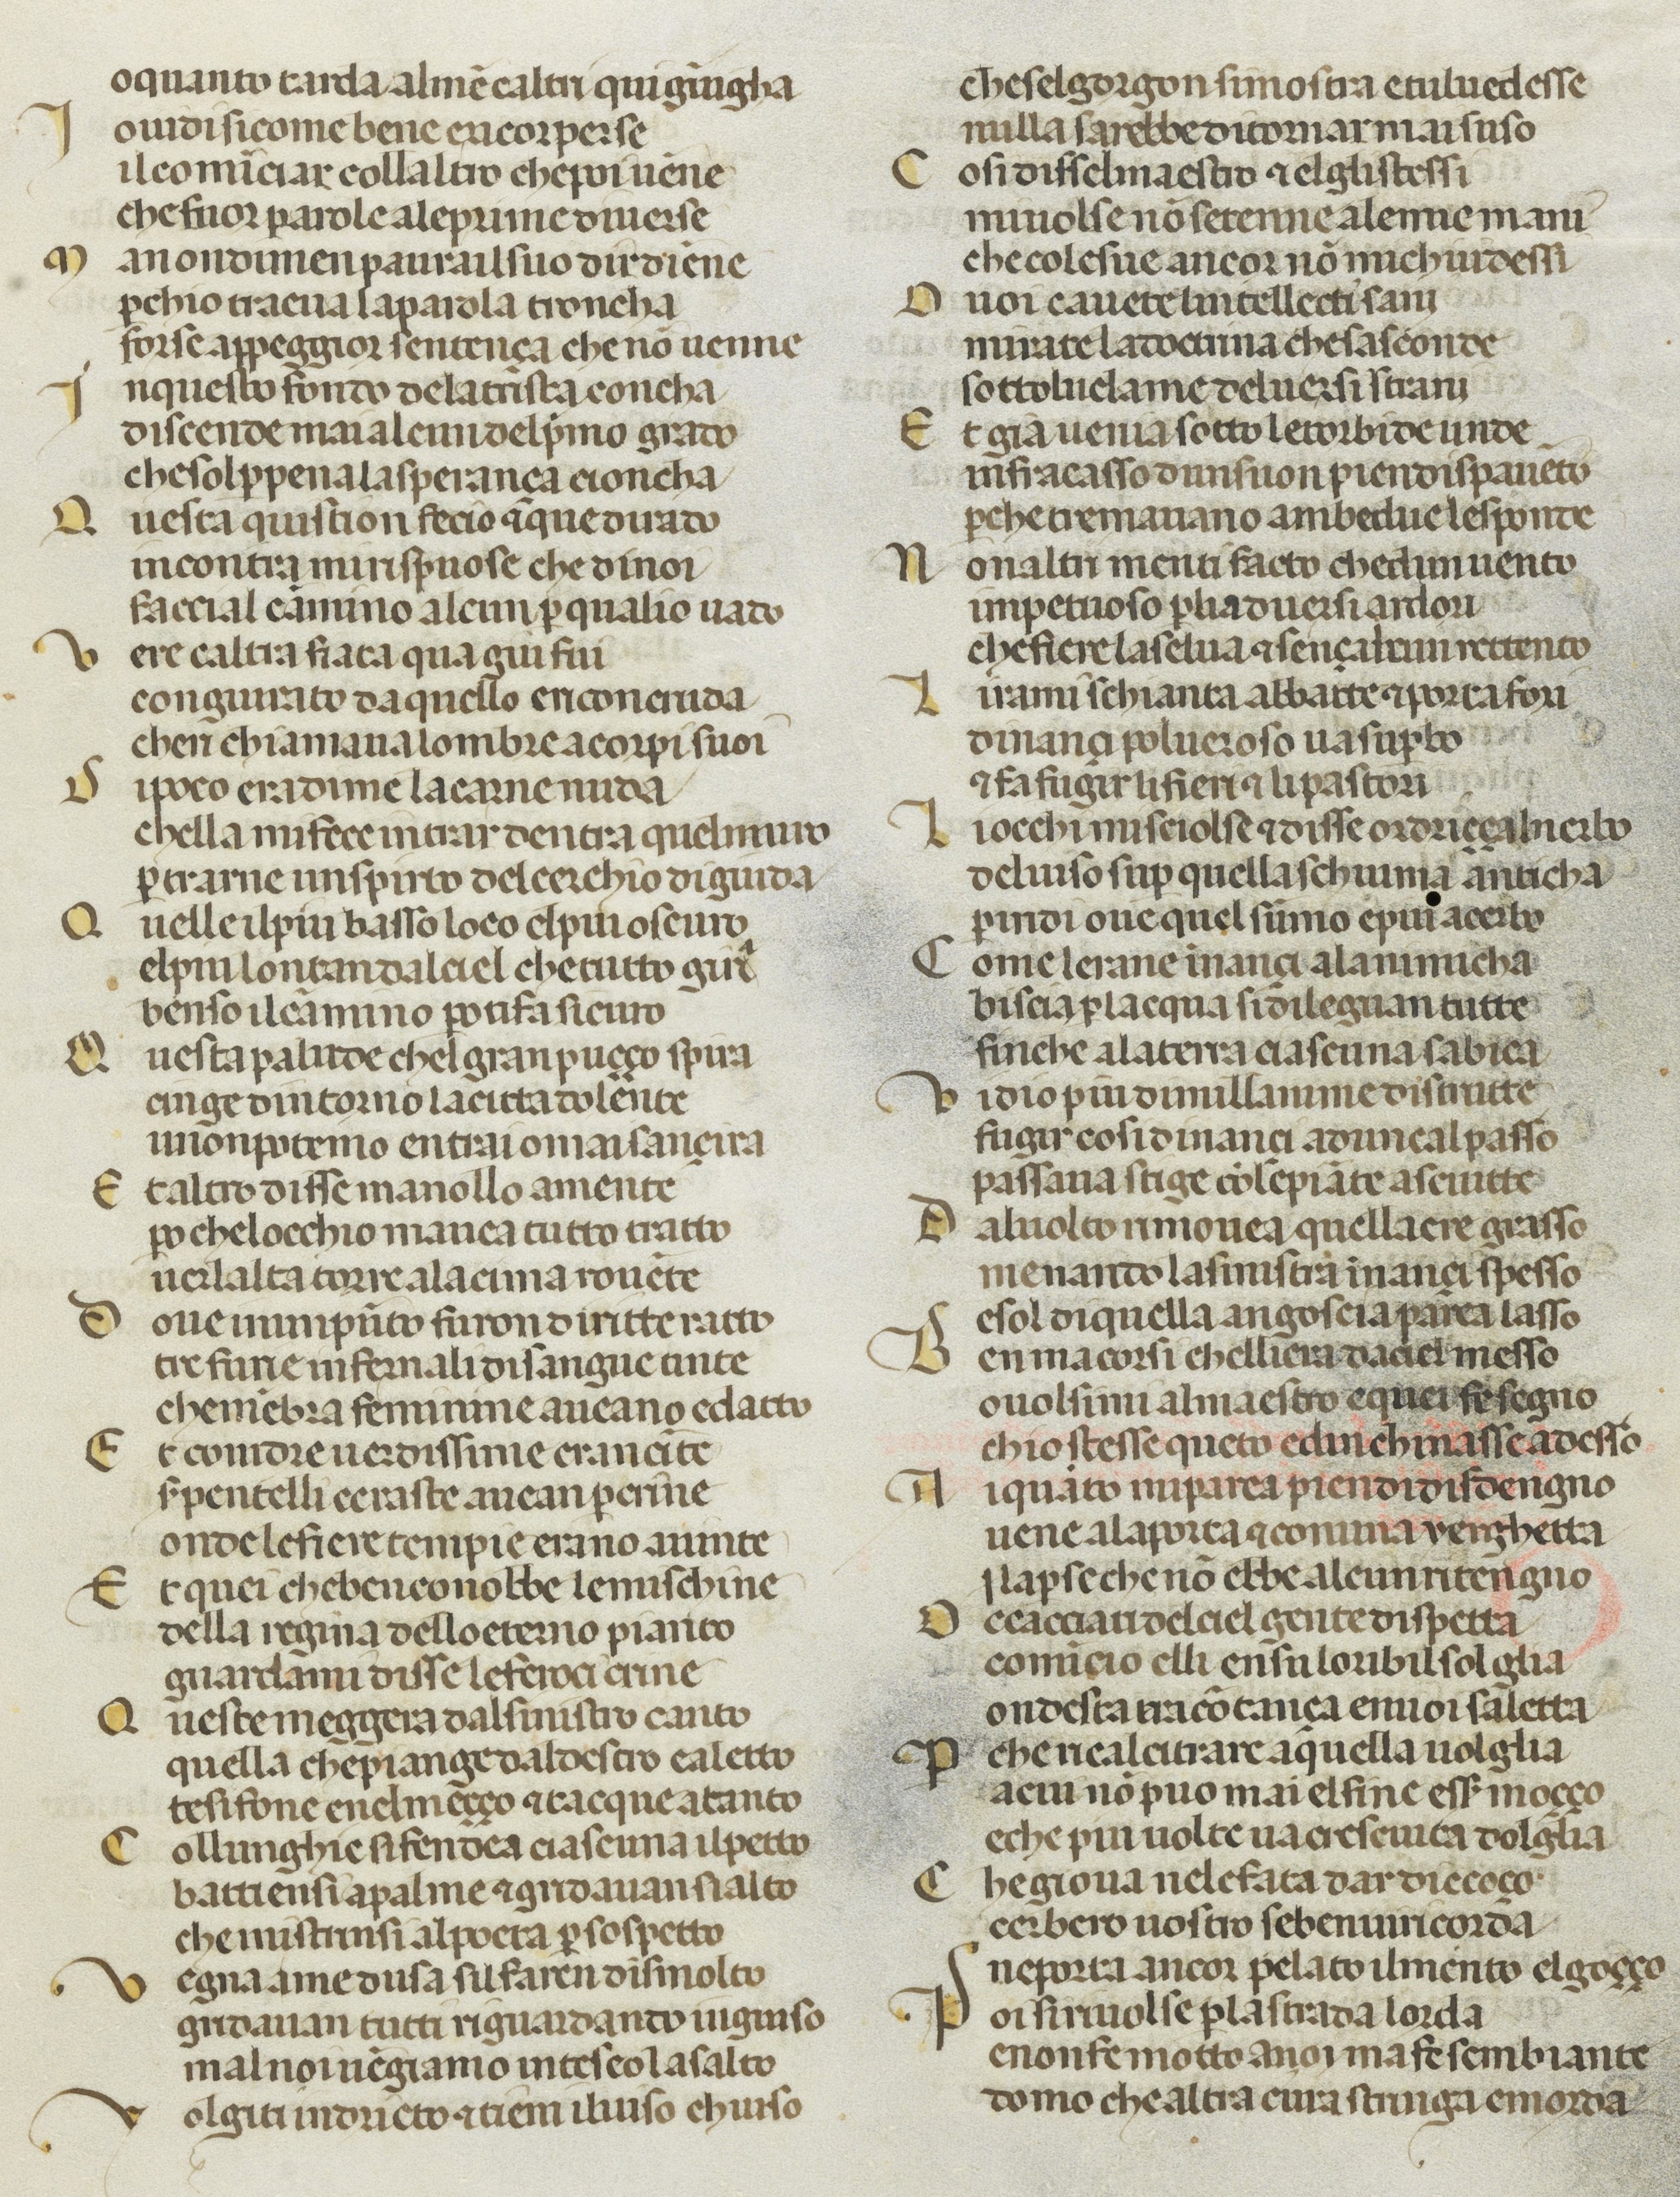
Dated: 1378–1378